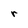
Character: r